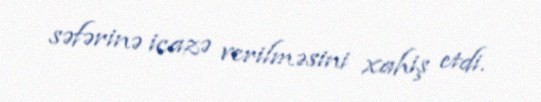
səfərinə icazə verilməsini xahiş etdi.